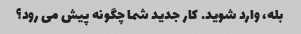
بله، وارد شوید. کار جدید شما چگونه پیش می رود؟